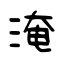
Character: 淹